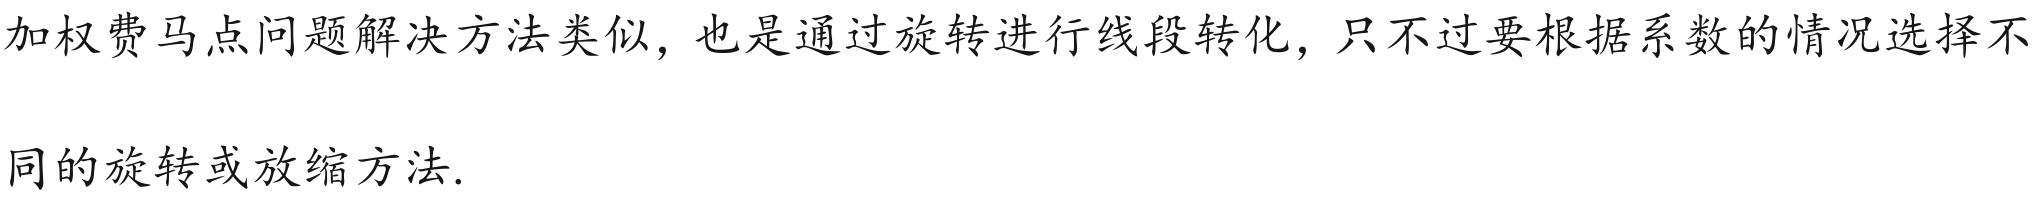
加权费马点问题解决方法类似，也是通过旋转进行线段转化，只不过要根据系数的情况选择不
同的旋转或放缩方法.